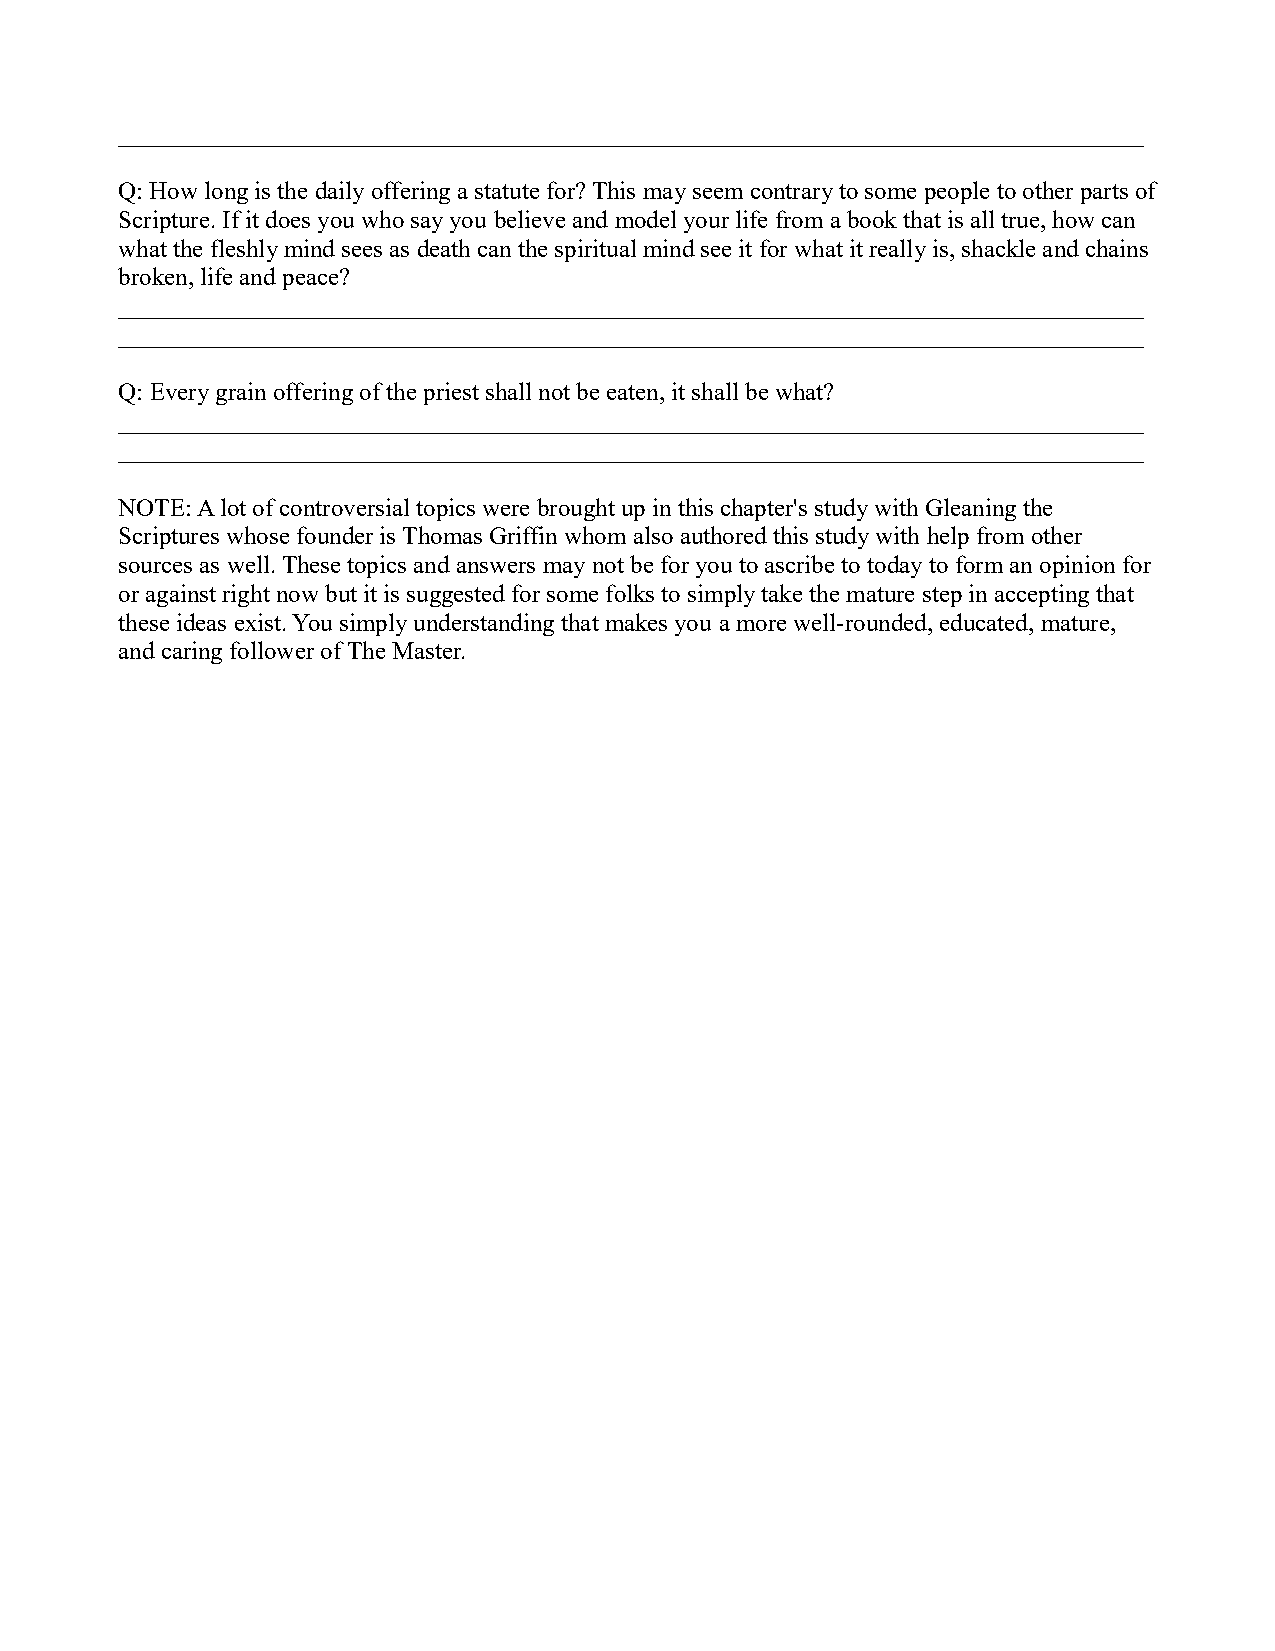
__________________________________________________________________________________
 Q: How long is the daily offering a statute for? This may seem contrary to some people to other parts of
 Scripture. If it does you who say you believe and model your life from a book that is all true, how can
 what the fleshly mind sees as death can the spiritual mind see it for what it really is, shackle and chains
 broken, life and peace?
 __________________________________________________________________________________
 __________________________________________________________________________________
 Q: Every grain offering of the priest shall not be eaten, it shall be what?
 __________________________________________________________________________________
 __________________________________________________________________________________
 NOTE: A lot of controversial topics were brought up in this chapter's study with Gleaning the
 Scriptures whose founder is Thomas Griffin whom also authored this study with help from other
 sources as well. These topics and answers may not be for you to ascribe to today to form an opinion for
 or against right now but it is suggested for some folks to simply take the mature step in accepting that
 these ideas exist. You simply understanding that makes you a more well-rounded, educated, mature,
 and caring follower of The Master.